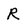
Character: R